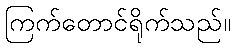
ကြက်တောင်ရိုက်သည်။